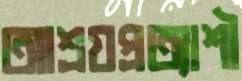
আশ্রয়প্রত্যাশী